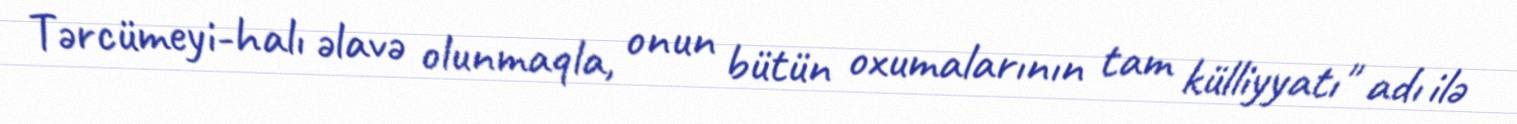
Tərcümeyi-halı əlavə olunmaqla, onun bütün oxumalarının tam külliyyatı" adı ilə